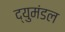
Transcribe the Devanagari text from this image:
द्युमंडल